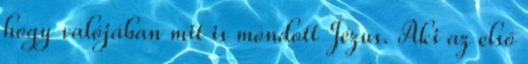
hogy valójában mit is mondott Jézus. Aki az első